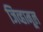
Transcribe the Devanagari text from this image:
जिव्हामूल